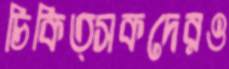
চিকিত্সকদেরও